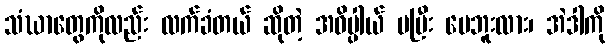
သံဃာတွေကိုလည်း လက်ခံတယ် ဆိုတဲ့ အဓိပ္ပါယ် မပြီး ပေဘူးလား၊ အဲဒါကို